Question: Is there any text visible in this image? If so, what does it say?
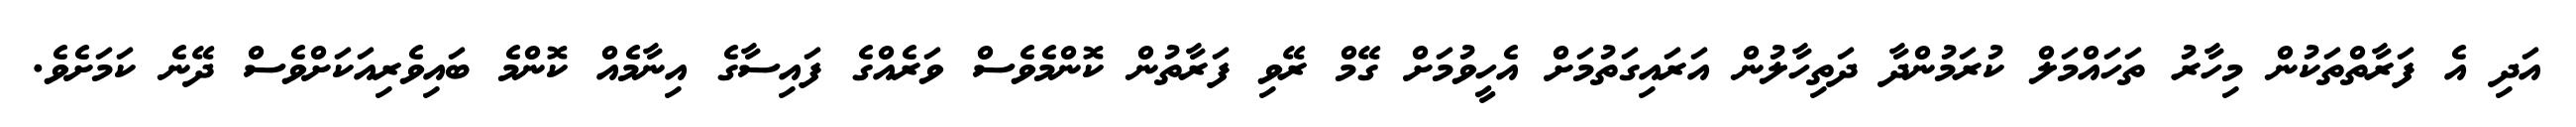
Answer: އަދި އެ ފަރާތްތަކުން މިހާރު ތަހައްމަލް ކުރަމުންދާ ދަތިހާލުން އަރައިގަތުމަށް އެހީވުމަށް ގޭމް ރޭވި ފަރާތުން ކޮންމެވެސް ވަރެއްގެ ފައިސާގެ އިނާމެއް ކޮންމެ ބައިވެރިއަކަށްވެސް ދޭނެ ކަމަށެވެ.